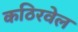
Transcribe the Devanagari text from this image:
कठिरवेल